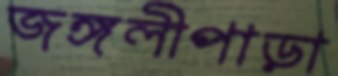
জঙ্গলীপাড়া